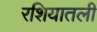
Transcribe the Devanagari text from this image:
रशियातली